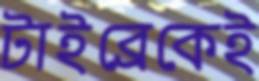
টাইব্রেকেই